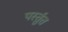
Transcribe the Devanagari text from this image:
पर्स्तुत